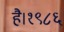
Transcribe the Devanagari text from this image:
है।१९८६